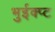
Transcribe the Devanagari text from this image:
भुईक्प्ट